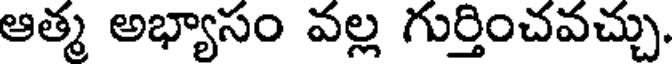
ఆత్మ అభ్యాసం వల్ల గుర్తించవచ్చు.